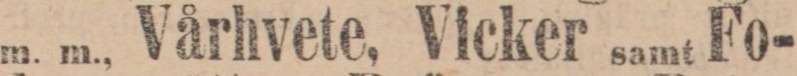
m. m., Vårhvete, Vicker samt Fo-